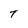
Character: T